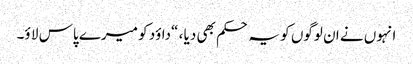
انہوں نے ان لوگوں کو یہ حکم بھی دیا ، “داؤد کو میرے پاس لا ؤ۔